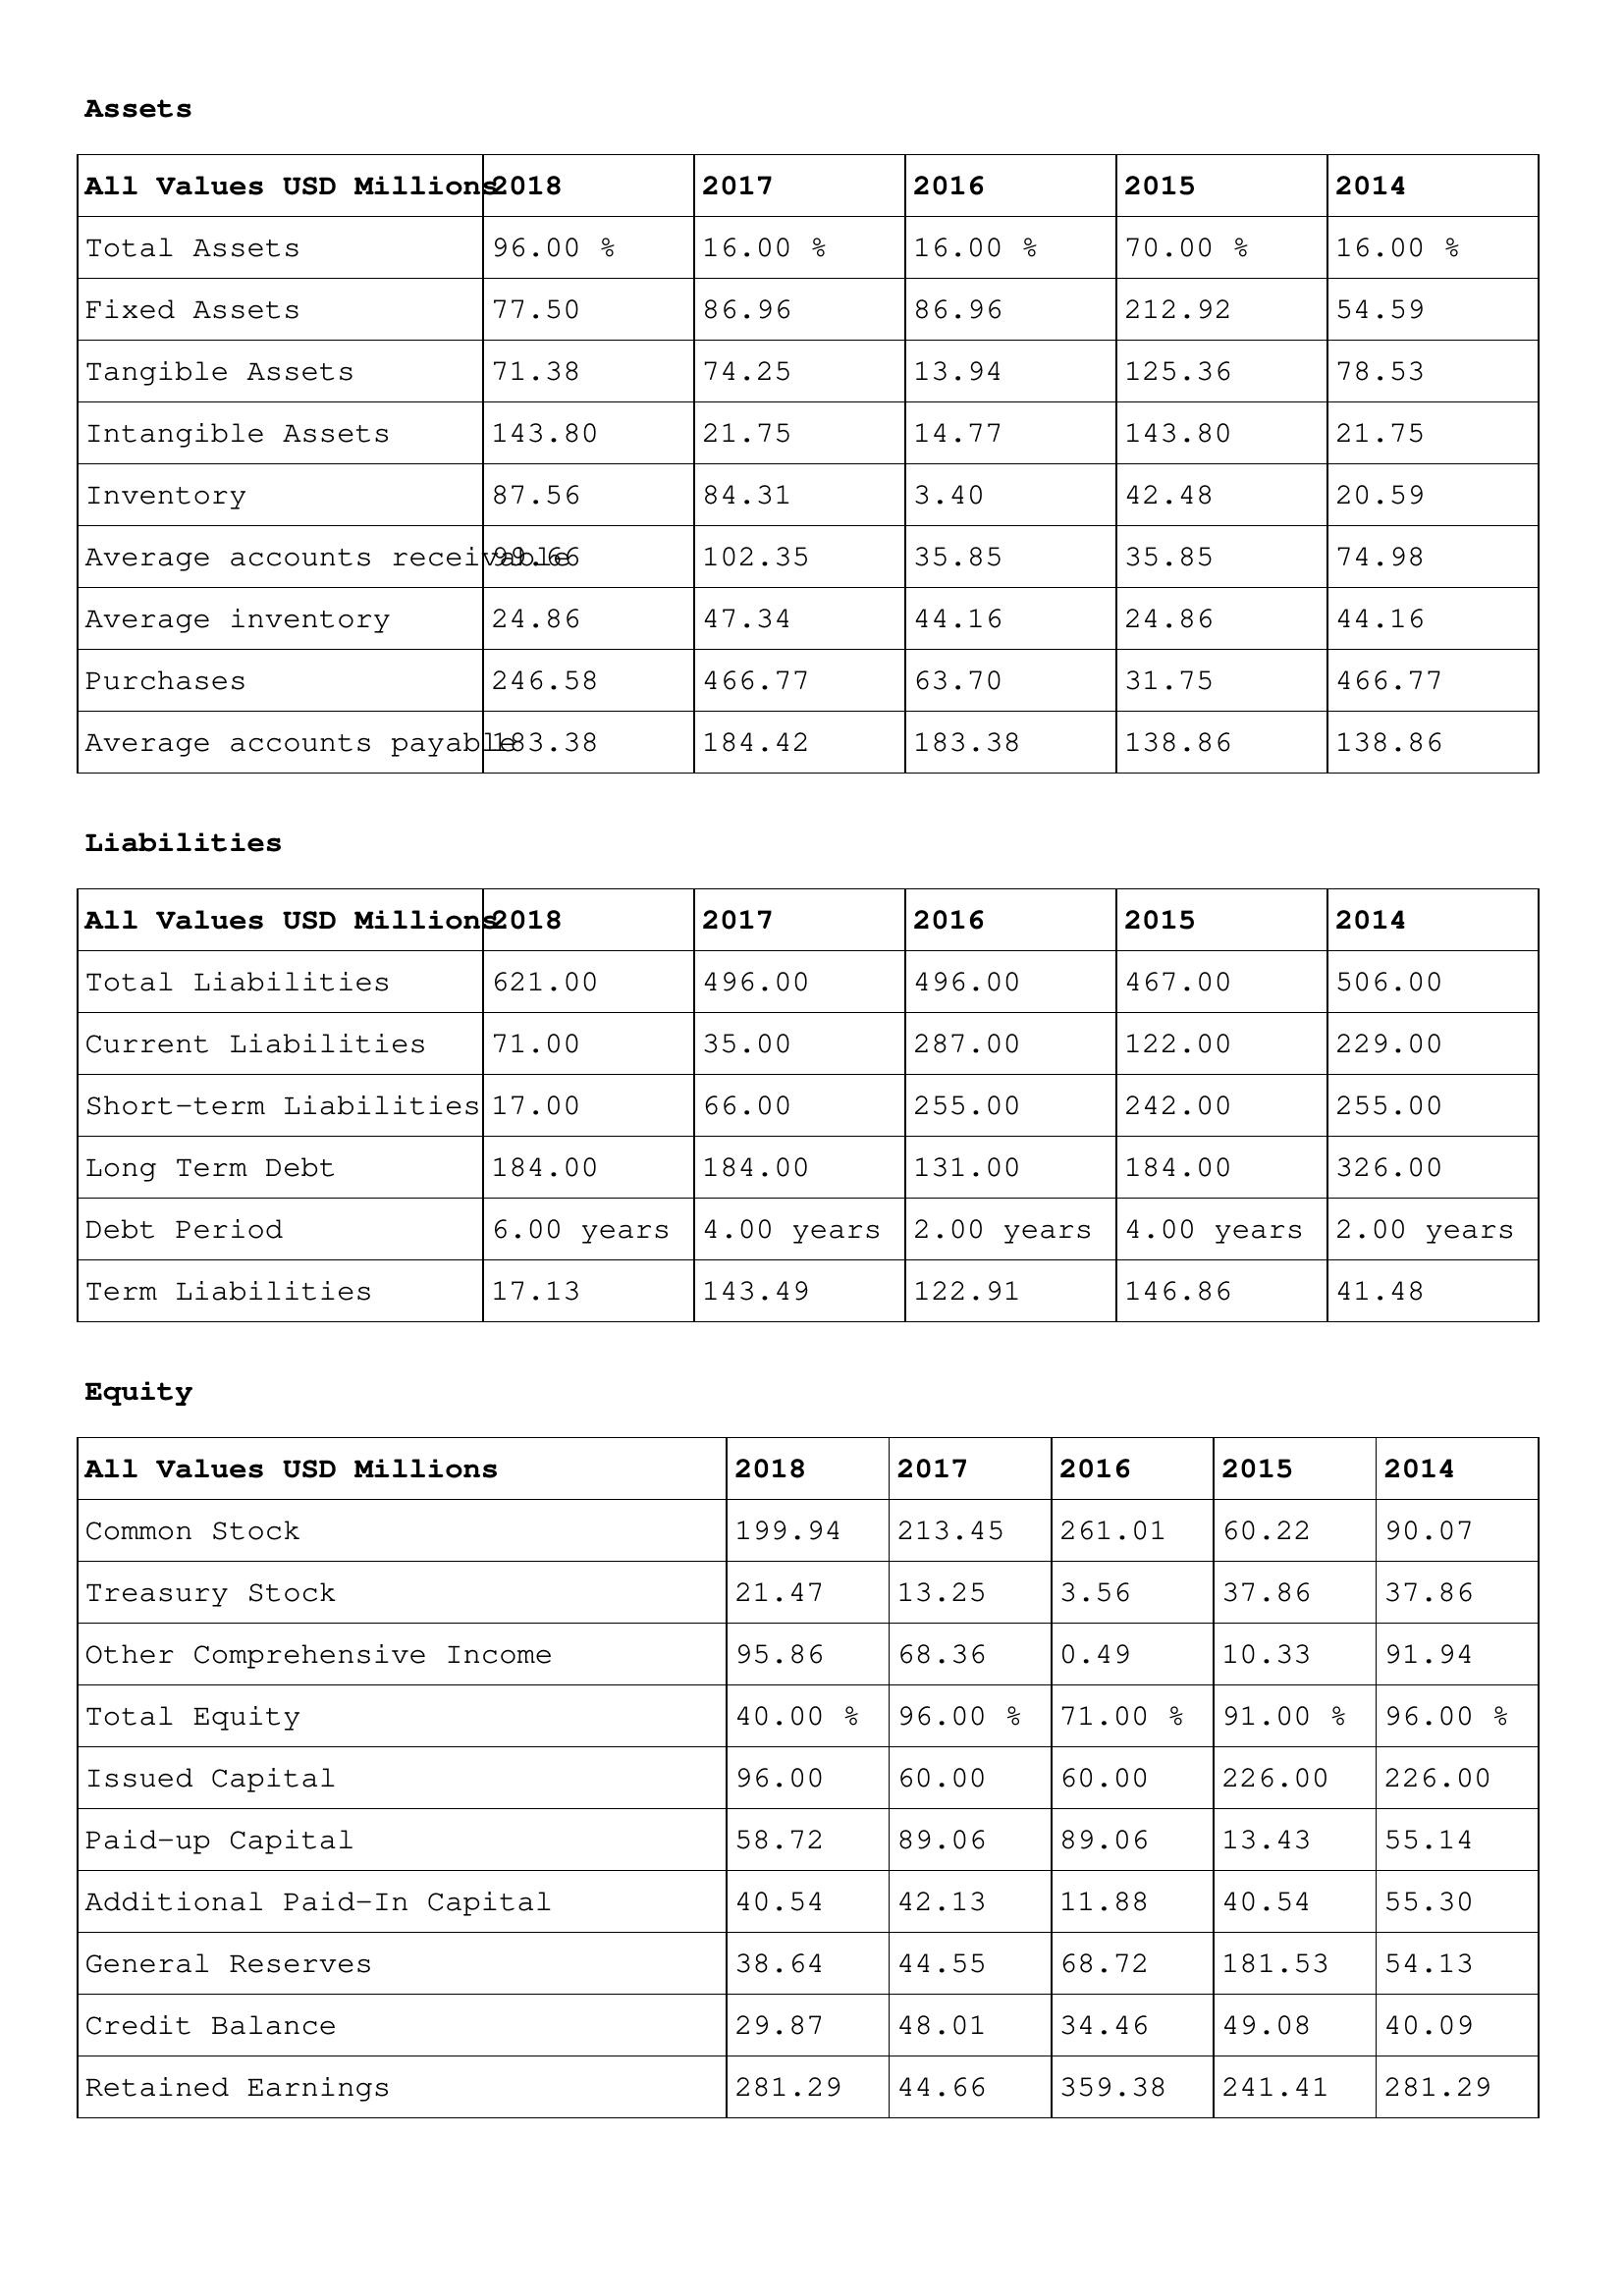
gt_parse: 2018: Assets: Total Assets: 96.00 %
Fixed Assets: 77.50
Tangible Assets: 71.38
Intangible Assets: 143.80
Inventory: 87.56
Average accounts receivable: 99.66
Average inventory: 24.86
Purchases: 246.58
Average accounts payable: 183.38
Liabilities: Total Liabilities: 621.00
Current Liabilities: 71.00
Short-term Liabilities: 17.00
Long Term Debt: 184.00
Debt Period: 6.00 years
Term Liabilities: 17.13
Equity: Common Stock: 199.94
Treasury Stock: 21.47
Other Comprehensive Income: 95.86
Total Equity: 40.00 %
Issued Capital: 96.00
Paid-up Capital: 58.72
Additional Paid-In Capital: 40.54
General Reserves: 38.64
Credit Balance: 29.87
Retained Earnings: 281.29
2017: Assets: Total Assets: 16.00 %
Fixed Assets: 86.96
Tangible Assets: 74.25
Intangible Assets: 21.75
Inventory: 84.31
Average accounts receivable: 102.35
Average inventory: 47.34
Purchases: 466.77
Average accounts payable: 184.42
Liabilities: Total Liabilities: 496.00
Current Liabilities: 35.00
Short-term Liabilities: 66.00
Long Term Debt: 184.00
Debt Period: 4.00 years
Term Liabilities: 143.49
Equity: Common Stock: 213.45
Treasury Stock: 13.25
Other Comprehensive Income: 68.36
Total Equity: 96.00 %
Issued Capital: 60.00
Paid-up Capital: 89.06
Additional Paid-In Capital: 42.13
General Reserves: 44.55
Credit Balance: 48.01
Retained Earnings: 44.66
2016: Assets: Total Assets: 16.00 %
Fixed Assets: 86.96
Tangible Assets: 13.94
Intangible Assets: 14.77
Inventory: 3.40
Average accounts receivable: 35.85
Average inventory: 44.16
Purchases: 63.70
Average accounts payable: 183.38
Liabilities: Total Liabilities: 496.00
Current Liabilities: 287.00
Short-term Liabilities: 255.00
Long Term Debt: 131.00
Debt Period: 2.00 years
Term Liabilities: 122.91
Equity: Common Stock: 261.01
Treasury Stock: 3.56
Other Comprehensive Income: 0.49
Total Equity: 71.00 %
Issued Capital: 60.00
Paid-up Capital: 89.06
Additional Paid-In Capital: 11.88
General Reserves: 68.72
Credit Balance: 34.46
Retained Earnings: 359.38
2015: Assets: Total Assets: 70.00 %
Fixed Assets: 212.92
Tangible Assets: 125.36
Intangible Assets: 143.80
Inventory: 42.48
Average accounts receivable: 35.85
Average inventory: 24.86
Purchases: 31.75
Average accounts payable: 138.86
Liabilities: Total Liabilities: 467.00
Current Liabilities: 122.00
Short-term Liabilities: 242.00
Long Term Debt: 184.00
Debt Period: 4.00 years
Term Liabilities: 146.86
Equity: Common Stock: 60.22
Treasury Stock: 37.86
Other Comprehensive Income: 10.33
Total Equity: 91.00 %
Issued Capital: 226.00
Paid-up Capital: 13.43
Additional Paid-In Capital: 40.54
General Reserves: 181.53
Credit Balance: 49.08
Retained Earnings: 241.41
2014: Assets: Total Assets: 16.00 %
Fixed Assets: 54.59
Tangible Assets: 78.53
Intangible Assets: 21.75
Inventory: 20.59
Average accounts receivable: 74.98
Average inventory: 44.16
Purchases: 466.77
Average accounts payable: 138.86
Liabilities: Total Liabilities: 506.00
Current Liabilities: 229.00
Short-term Liabilities: 255.00
Long Term Debt: 326.00
Debt Period: 2.00 years
Term Liabilities: 41.48
Equity: Common Stock: 90.07
Treasury Stock: 37.86
Other Comprehensive Income: 91.94
Total Equity: 96.00 %
Issued Capital: 226.00
Paid-up Capital: 55.14
Additional Paid-In Capital: 55.30
General Reserves: 54.13
Credit Balance: 40.09
Retained Earnings: 281.29